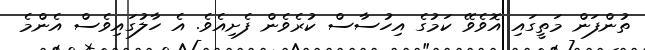
ތުންފަން މަތީގައި އޮވެވޭ ކަމުގެ އިހުސާސް ކުރެވެން ފެށިއެވެ. އެ ހާލުގައިވެސް އެންމެ